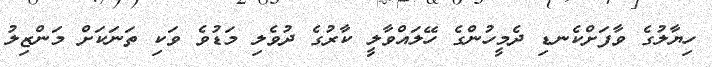
ހިޔާލުގެ ވާފަށްކެނޑި ދެމީހުންގެ ހޭލައްވާލީ ކާރުގެ ދުވެލި މަޑުވެ ވަކި ތަނަކަށް މަންޒިލު